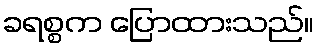
ခရစ္စက ပြောထားသည်။